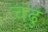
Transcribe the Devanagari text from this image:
चढु